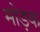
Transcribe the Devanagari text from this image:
मोड़क